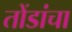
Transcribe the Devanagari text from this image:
तोंडांचा